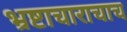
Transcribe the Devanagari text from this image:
भ्रष्टाचाराचाच